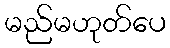
မည်မဟုတ်ပေ